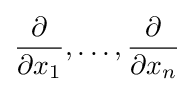
{\frac {\partial }{\partial x_{1}}},\ldots ,{\frac {\partial }{\partial x_{n}}}